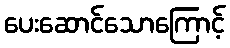
ပေးဆောင်သောကြောင့်